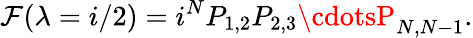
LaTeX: \mathcal{F}(\lambda=i/2)=i^{N}P_{1,2}P_{2,3}\cdotsP_{N,N-1}.